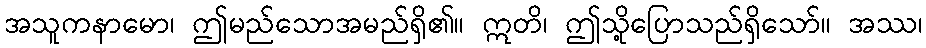
အသူကနာမော၊ ဤမည်သောအမည်ရှိ၏။ ဣတိ၊ ဤသို့ပြောသည်ရှိသော်။ အဿ၊